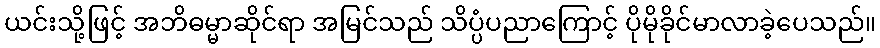
ယင်းသို့ဖြင့် အဘိဓမ္မာဆိုင်ရာ အမြင်သည် သိပ္ပံပညာကြောင့် ပိုမိုခိုင်မာလာခဲ့ပေသည်။